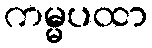
ကမ္မပထာ